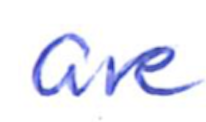
Text: are
Cross-out: clean
Writing tool: ballpoint